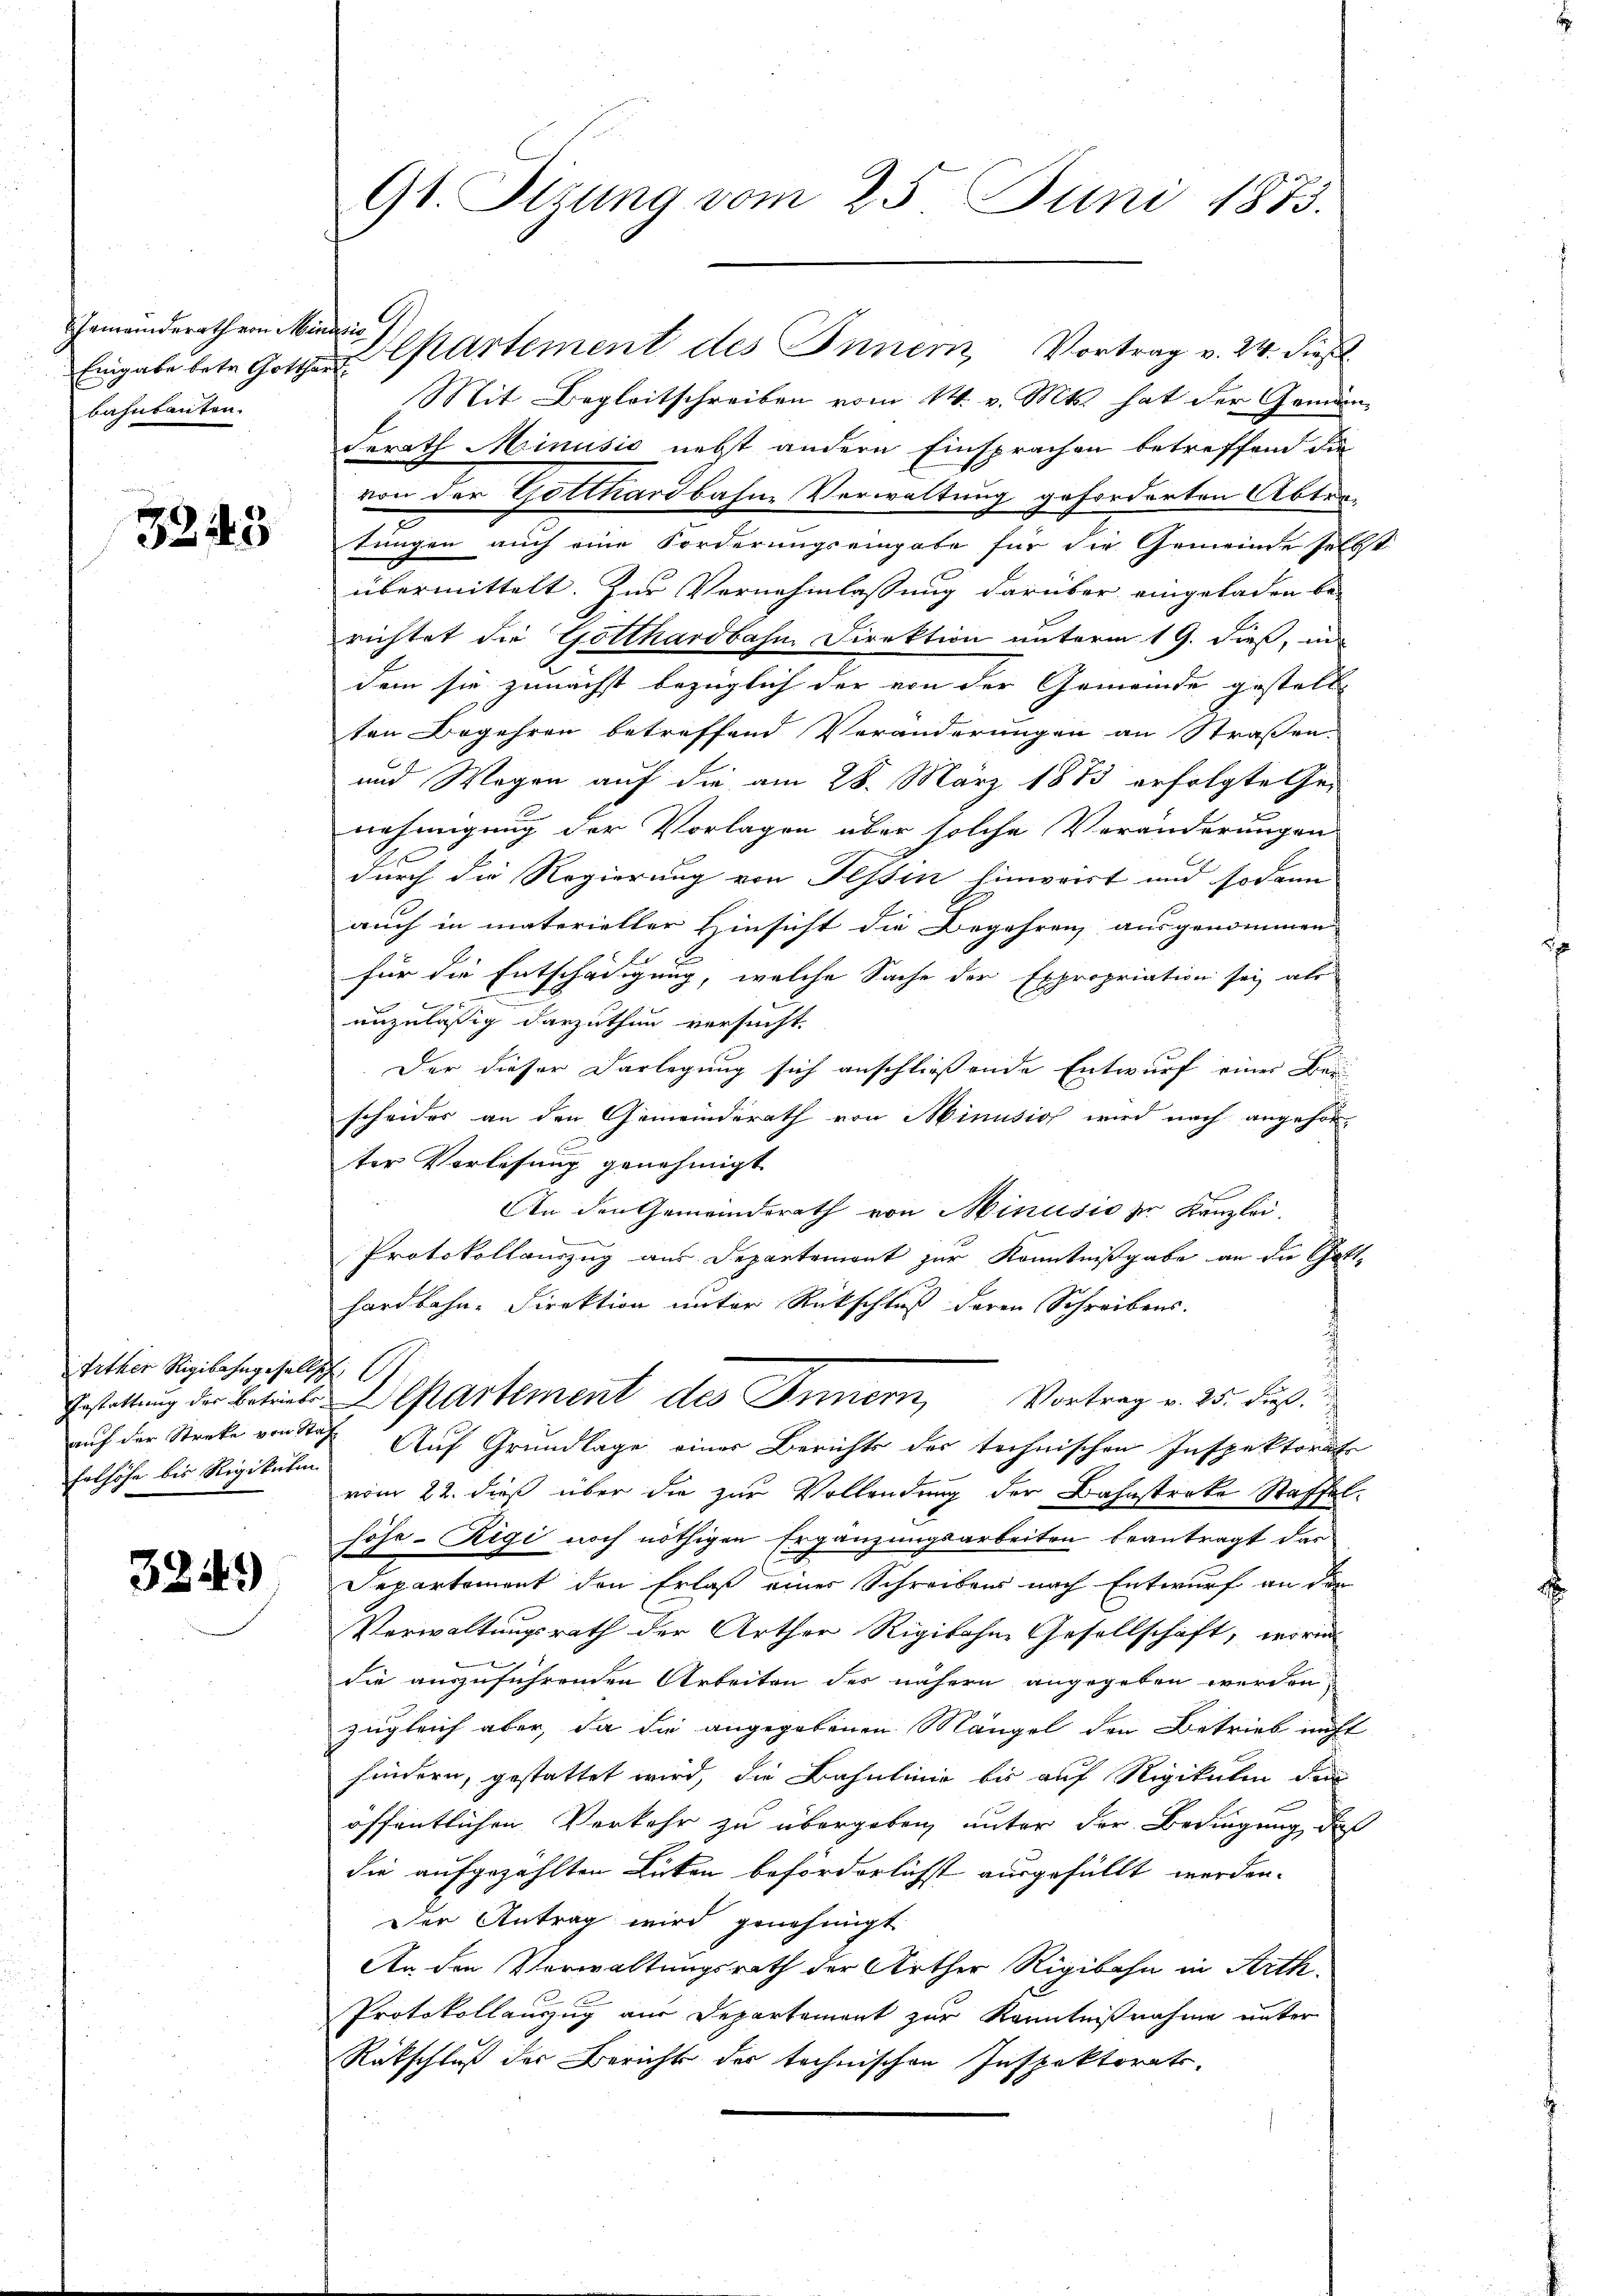
Gemeinderath von Menario
bahnbauten.

33143

Tither Rigibahngesellsch
Felhöhe bis Rigikulin

3249)

Eingabe betr. Gott Cartement des Innern, Vortrag v. 24. dieß
Mit Begleitschreiben vom 14. v. Mts. hat der Gemeinderath Minusio nebst andern Einsprachen betreffend die
von der Gotthardbahne Verwaltung geforderten Abtretungen auch eine Forderungseingabe für die Gemeinde selbst
übermittelt. Zur Vernehmlassung darüber eingeladen be-
richtet die Gotthardbahn, Direktion unterm 19. dieß, un
dem sie zunächst bezüglich der von der Gemeinde gestellt
ten Begehren betreffend Veränderungen an Straßen-
und Wegen auf die am 28. März 1873 erfolgte Genehmigung der Vorlagen über solche Veränderungen
durch die Regierung von Tessin hinweist und sodann
auch in materieller Hinsicht die Begehren ausgenommen
Er
für die Entschädigung, welche Sache der Expropriation sei als
l
unzulässig darzuthun versucht.
Der dieser Darlegung sich anschließende Entwurf einer Bei
scheides an den Gemeinderath von Minusios wird nach angehör-
ter Vorlesung genehmigt
An den Gemeindsrath von Minusio zu Kanzlei.
e
Protokollauszug aus Departement zur Kenntnißgabe an die Gott-
hardbahn-Direktion unter Rückschluß deren Schreibens.
Gestattung der Betriebe Departement des Innern, Vortrag v. 25. Fuß.
auf der Streke von Stat. Auf Grundlage einer Berichts der technischen Inspektorat
vom 22. dieß über die zur Vollendung der Bahnstrake Staffelhöhe-Rigi noch nöthigen Ergänzungsarbeiten beantragt das
Separtement den Erlaß einer Schreibens nach Entwurf an den
Verwaltungsrath der Arther Rigikohne Gesellschaft, worin
.
die auszuführenden Arbeiten des nähern angegeben werden,
zugleich aber, da die angegebenen Mängel den Betrieb nicht
hindern, gestattet wird, die Bahnlinie bis auf Rigikulen den
öffentlichen Verkehr zu übergeben, unter der Bedingung, das
die aufgezählten Lüten beförderlichst ausgefüllt werden.
Der Antrag wird genehmigt
An den Verwaltungsrath der Arther Rigibahn in Arth
Protokollanzug aus Departement zur Kenntnißnahme unter
Rütschluß der Bericht der technischen Inspektorats-

9t. Sitzung vom 25. Juni 1873.